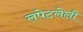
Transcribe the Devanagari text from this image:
लपेटलेली